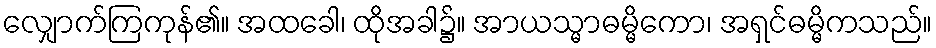
လျှောက်ကြကုန်၏။ အထခေါ၊ ထိုအခါ၌။ အာယသ္မာဓမ္မိကော၊ အရှင်ဓမ္မိကသည်။